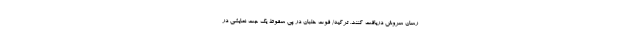
رسان سروش دریافت کنند. ترکیه/ فوت خلبان در پی سقوط یک جت نمایشی در